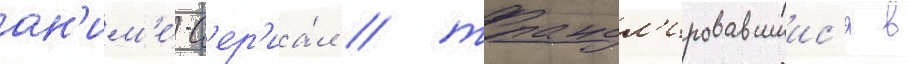
ан'им'е́-с'ер'иа́л / трансл'ировавшиис'я в